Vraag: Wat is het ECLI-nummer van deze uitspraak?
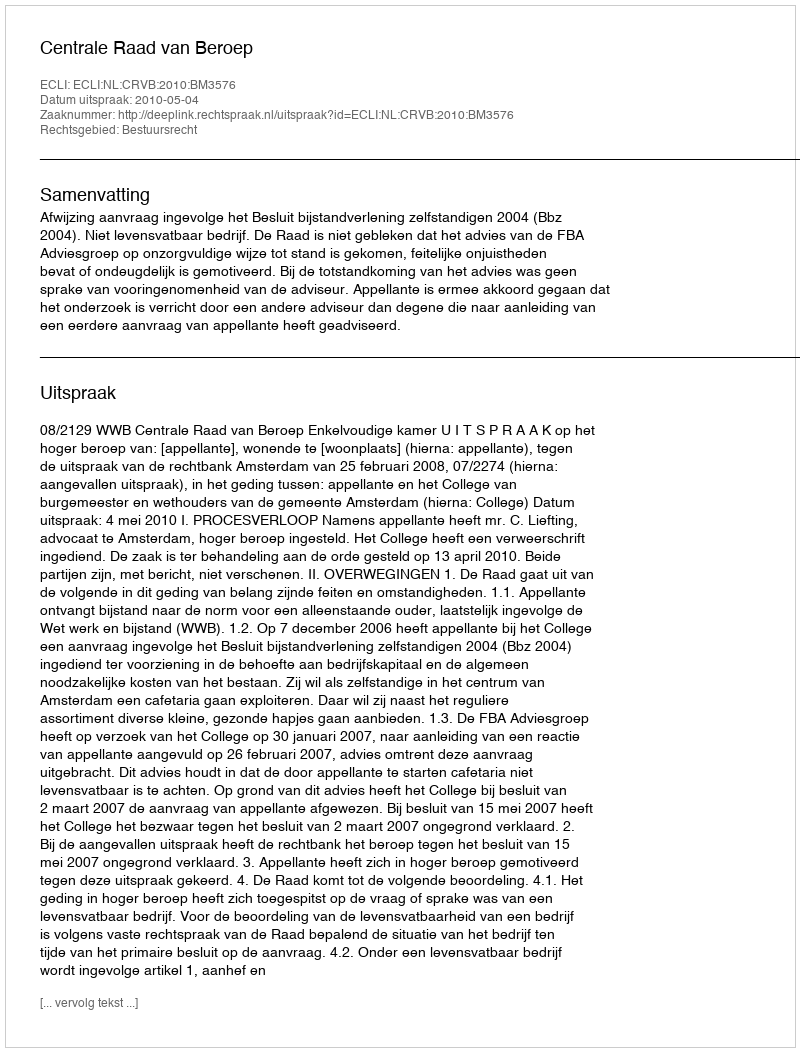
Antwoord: ECLI:NL:CRVB:2010:BM3576